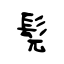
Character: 髡